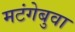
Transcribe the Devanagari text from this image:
मटंगेबुवा